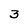
Character: 3